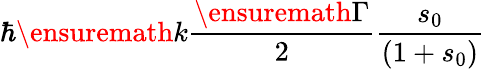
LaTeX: \hbar\ensuremath{k}\frac{\ensuremath{\Gamma}}{2}\frac{s_{0}}{(1+s_{0})}